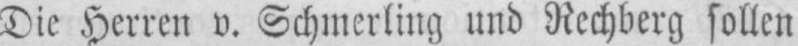
Die Herren v. Schmerling und Rechberg sollen